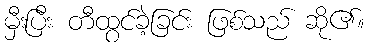
မှီးပြီး တီထွင်ခဲ့ခြင်း ဖြစ်သည် ဆို၏။